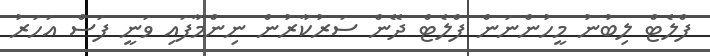
ފްލެޓް ލިބުނު މީހުންނަން ފްލެޓް ދޭން ސަރުކާރުން ނިންމާފައި ވަނީ ފަސް އަހަރު